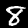
Digit: 8